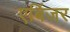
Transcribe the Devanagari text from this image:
एबिंजर